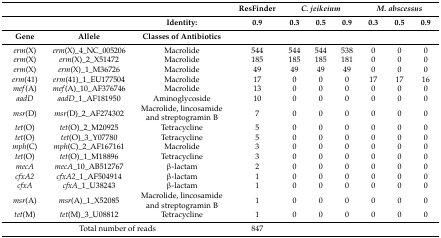
<table><thead><tr><td></td><td></td><td></td><td><b>ResFinder</b></td><td colspan="3"><b><i>C. jeikeium</i></b></td><td colspan="3"><b><i>M. abscessus</i></b></td></tr><tr><td></td><td></td><td><b>Identity:</b></td><td><b>0.9</b></td><td><b>0.3</b></td><td><b>0.5</b></td><td><b>0.9</b></td><td><b>0.3</b></td><td><b>0.5</b></td><td><b>0.9</b></td></tr><tr><td><b>Gene</b></td><td><b>Allele</b></td><td><b>Classes of Antibiotics</b></td><td></td><td></td><td></td><td></td><td></td><td></td><td></td></tr></thead><tbody><tr><td><i>erm</i>(X)</td><td><i>erm</i>(X)_4_NC_005206</td><td>Macrolide</td><td>544</td><td>544</td><td>544</td><td>538</td><td>0</td><td>0</td><td>0</td></tr><tr><td><i>erm</i>(X)</td><td><i>erm</i>(X)_2_X51472</td><td>Macrolide</td><td>185</td><td>185</td><td>185</td><td>181</td><td>0</td><td>0</td><td>0</td></tr><tr><td><i>erm</i>(X)</td><td><i>erm</i>(X)_1_M36726</td><td>Macrolide</td><td>49</td><td>49</td><td>49</td><td>49</td><td>0</td><td>0</td><td>0</td></tr><tr><td><i>erm</i>(41)</td><td><i>erm</i>(41)_1_EU177504</td><td>Macrolide</td><td>17</td><td>0</td><td>0</td><td>0</td><td>17</td><td>17</td><td>16</td></tr><tr><td><i>mef</i>(A)</td><td><i>mef</i>(A)_10_AF376746</td><td>Macrolide</td><td>13</td><td>0</td><td>0</td><td>0</td><td>0</td><td>0</td><td>0</td></tr><tr><td><i>aadD</i></td><td><i>aadD</i>_1_AF181950</td><td>Aminoglycoside</td><td>10</td><td>0</td><td>0</td><td>0</td><td>0</td><td>0</td><td>0</td></tr><tr><td><i>msr</i>(D)</td><td><i>msr</i>(D)_2_AF274302</td><td>Macrolide, lincosamide and streptogramin B</td><td>7</td><td>0</td><td>0</td><td>0</td><td>0</td><td>0</td><td>0</td></tr><tr><td><i>tet</i>(O)</td><td><i>tet</i>(O)_2_M20925</td><td>Tetracycline</td><td>5</td><td>0</td><td>0</td><td>0</td><td>0</td><td>0</td><td>0</td></tr><tr><td><i>tet</i>(O)</td><td><i>tet</i>(O)_3_Y07780</td><td>Tetracycline</td><td>5</td><td>0</td><td>0</td><td>0</td><td>0</td><td>0</td><td>0</td></tr><tr><td><i>mph</i>(C)</td><td><i>mph</i>(C)_2_AF167161</td><td>Macrolide</td><td>3</td><td>0</td><td>0</td><td>0</td><td>0</td><td>0</td><td>0</td></tr><tr><td><i>tet</i>(O)</td><td><i>tet</i>(O)_1_M18896</td><td>Tetracycline</td><td>3</td><td>0</td><td>0</td><td>0</td><td>0</td><td>0</td><td>0</td></tr><tr><td><i>mecA</i></td><td><i>mecA</i>_10_AB512767</td><td>β-lactam</td><td>2</td><td>0</td><td>0</td><td>0</td><td>0</td><td>0</td><td>0</td></tr><tr><td><i>cfxA2</i></td><td><i>cfxA2</i>_1_AF504914</td><td>β-lactam</td><td>1</td><td>0</td><td>0</td><td>0</td><td>0</td><td>0</td><td>0</td></tr><tr><td><i>cfxA</i></td><td><i>cfxA</i>_1_U38243</td><td>β-lactam</td><td>1</td><td>0</td><td>0</td><td>0</td><td>0</td><td>0</td><td>0</td></tr><tr><td><i>msr</i>(A)</td><td><i>msr</i>(A)_1_X52085</td><td>Macrolide, lincosamide and streptogramin B</td><td>1</td><td>0</td><td>0</td><td>0</td><td>0</td><td>0</td><td>0</td></tr><tr><td><i>tet</i>(M)</td><td><i>tet</i>(M)_3_U08812</td><td>Tetracycline</td><td>1</td><td>0</td><td>0</td><td>0</td><td>0</td><td>0</td><td>0</td></tr><tr><td colspan="3">Total number of reads</td><td>847</td><td></td><td></td><td></td><td></td><td></td><td></td></tr></tbody></table>